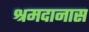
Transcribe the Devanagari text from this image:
श्रमदानास